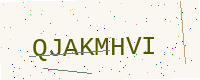
Text: QJAKMHVI